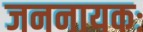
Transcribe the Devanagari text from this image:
जननायकः